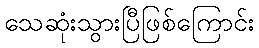
သေဆုံးသွားပြီဖြစ်ကြောင်း